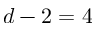
d - 2 = 4